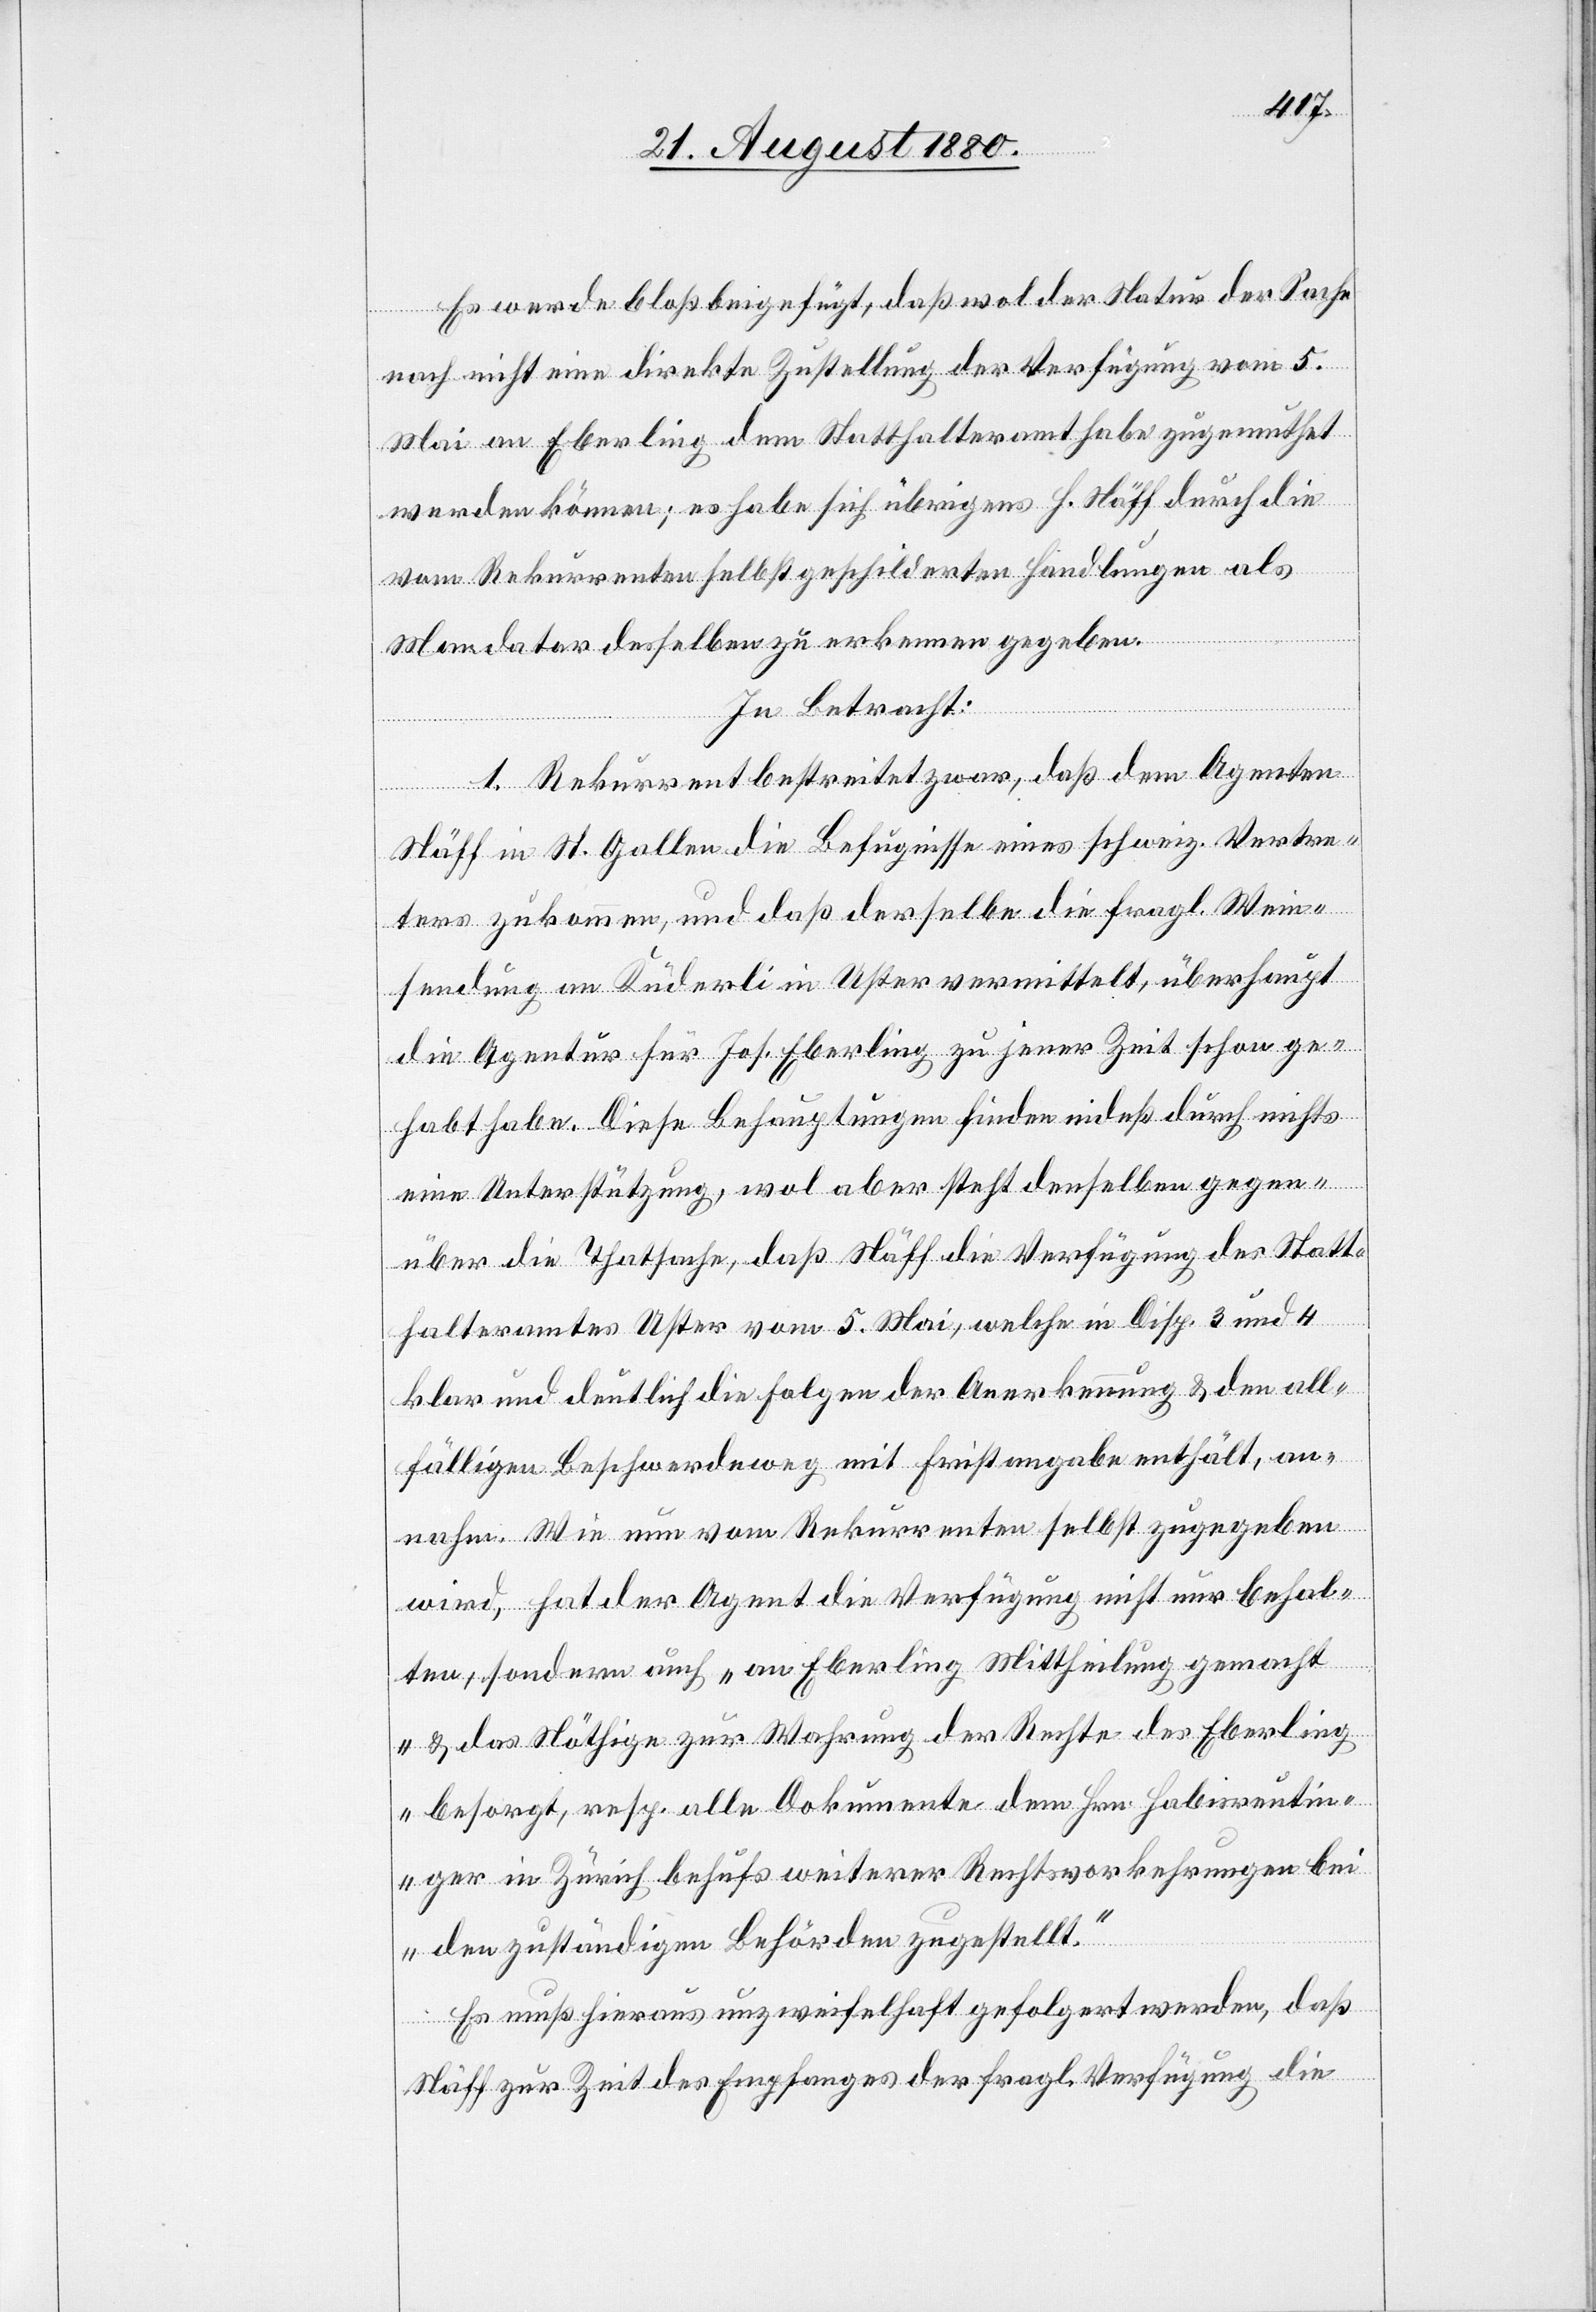
Es werde bloß beigefügt, daß wol der Status der Sache
noch nicht eine direkte Zustellung der Verfügung vom 5.
Mai an Eberling dem Statthalteramt habe zugemuthet
werden können; es habe sich übrigens H. Näff durch die
vom Rekurrenten selbst geschilderten Handlungen als
Mandator desselben zu erkennen gegeben.
In Betracht:
1. Rekurrent bestreitet zwar, daß dem Agenten
Näff in St. Gallen die Befugnisse eines schweiz. Vertre¬
ters zukommen, und daß derselbe die fragl. Wein¬
sendung an Kuderli in Uster vermittelt, überhaupt
die Agentur für Jos. Eberling zu jener Zeit schon ge¬
habt habe. Diese Behauptungen finden indeß durch nichts
eine Unterstützung, wol aber steht denselben gegen¬
über die Thatsache, daß Näff die Verfügung des Statt¬
halteramtes Uster vom 5. Mai, welche in Disp. 3 und 4
klar und deutlich die Folgen der Anerkennung & den all¬
fälligen Beschwerdeweg mit Fristangabe enthält, an¬
nahm. Wie nun vom Rekurrenten selbst zugegeben
wird, hat der Agent die Verfügungen nicht nur behal¬
ten, sondern auch „an Eberling Mittheilung gemacht
& das Nöthige zur Wahrung der Rechte des Eberling
besorgt, resp. alle Dokumente dem Hrn. Habisreutin¬
ger in Zürich behufs weiterer Rechtsvorkehrungen bei
den zuständigen Behörden zugestellt.“
Es muß hieraus unzweifelhaft gefolgert werden, daß
Näff zur Zeit des Empfanges der fragl. Versendung die